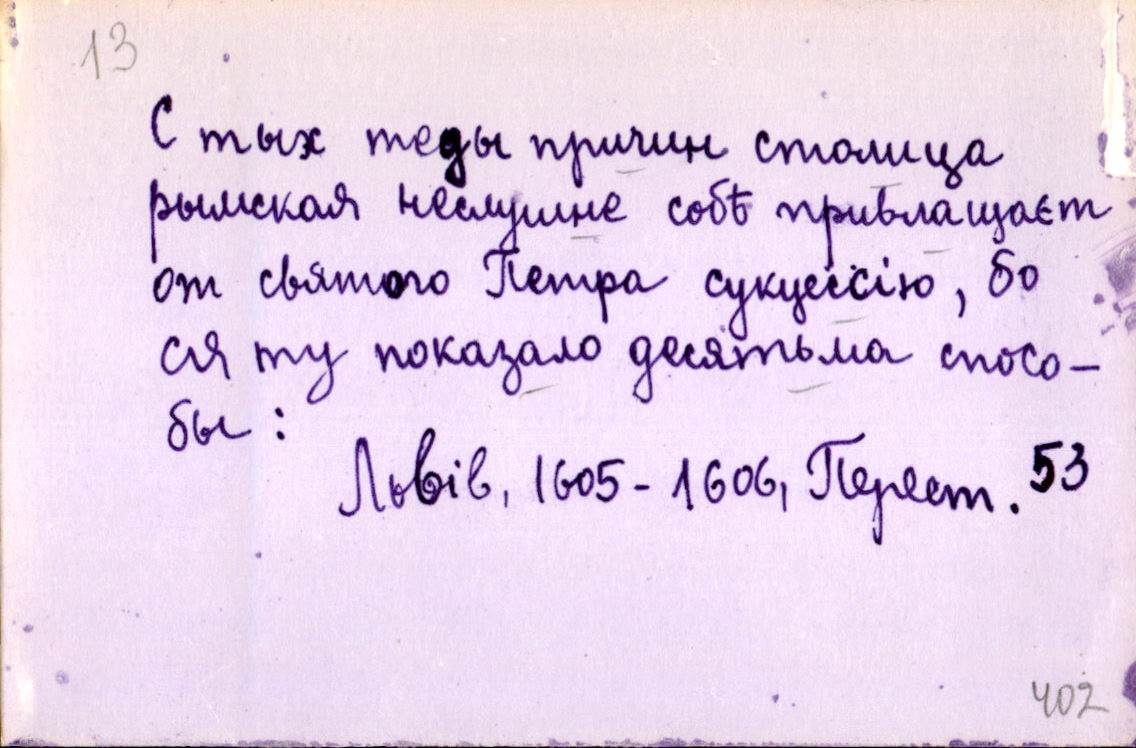
С тых теды причин столица
рымская неслушне собѣ привлащаєт
от святого Петра сукцессію, бо
ся ту показало десятьма спосо-
бы:
Львів, 1605-1606, Перест. 53